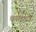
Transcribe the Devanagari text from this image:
थपलगांव